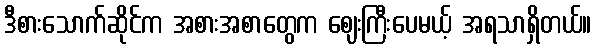
ဒီစားသောက်ဆိုင်က အစားအစာတွေက ဈေးကြီးပေမယ့် အရသာရှိတယ်။